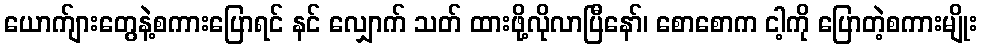
ယောက်ျားတွေနဲ့စကားပြောရင် နင် လျှောက် သတ် ထားဖို့လိုလာပြီနော်၊ စောစောက ငါ့ကို ပြောတဲ့စကားမျိုး